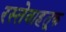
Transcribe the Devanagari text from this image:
रस्तेवाहतूक